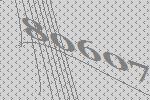
80607